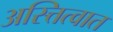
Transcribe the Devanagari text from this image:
अस्त्तित्वात